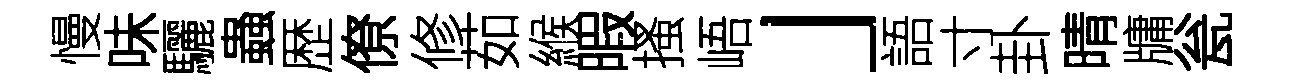
慢味驪蟲歴僚修茹緱暇搔峿」語寸卦晴牗瓮